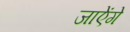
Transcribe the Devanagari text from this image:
जाऐंगे